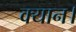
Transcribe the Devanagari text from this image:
क्यान।